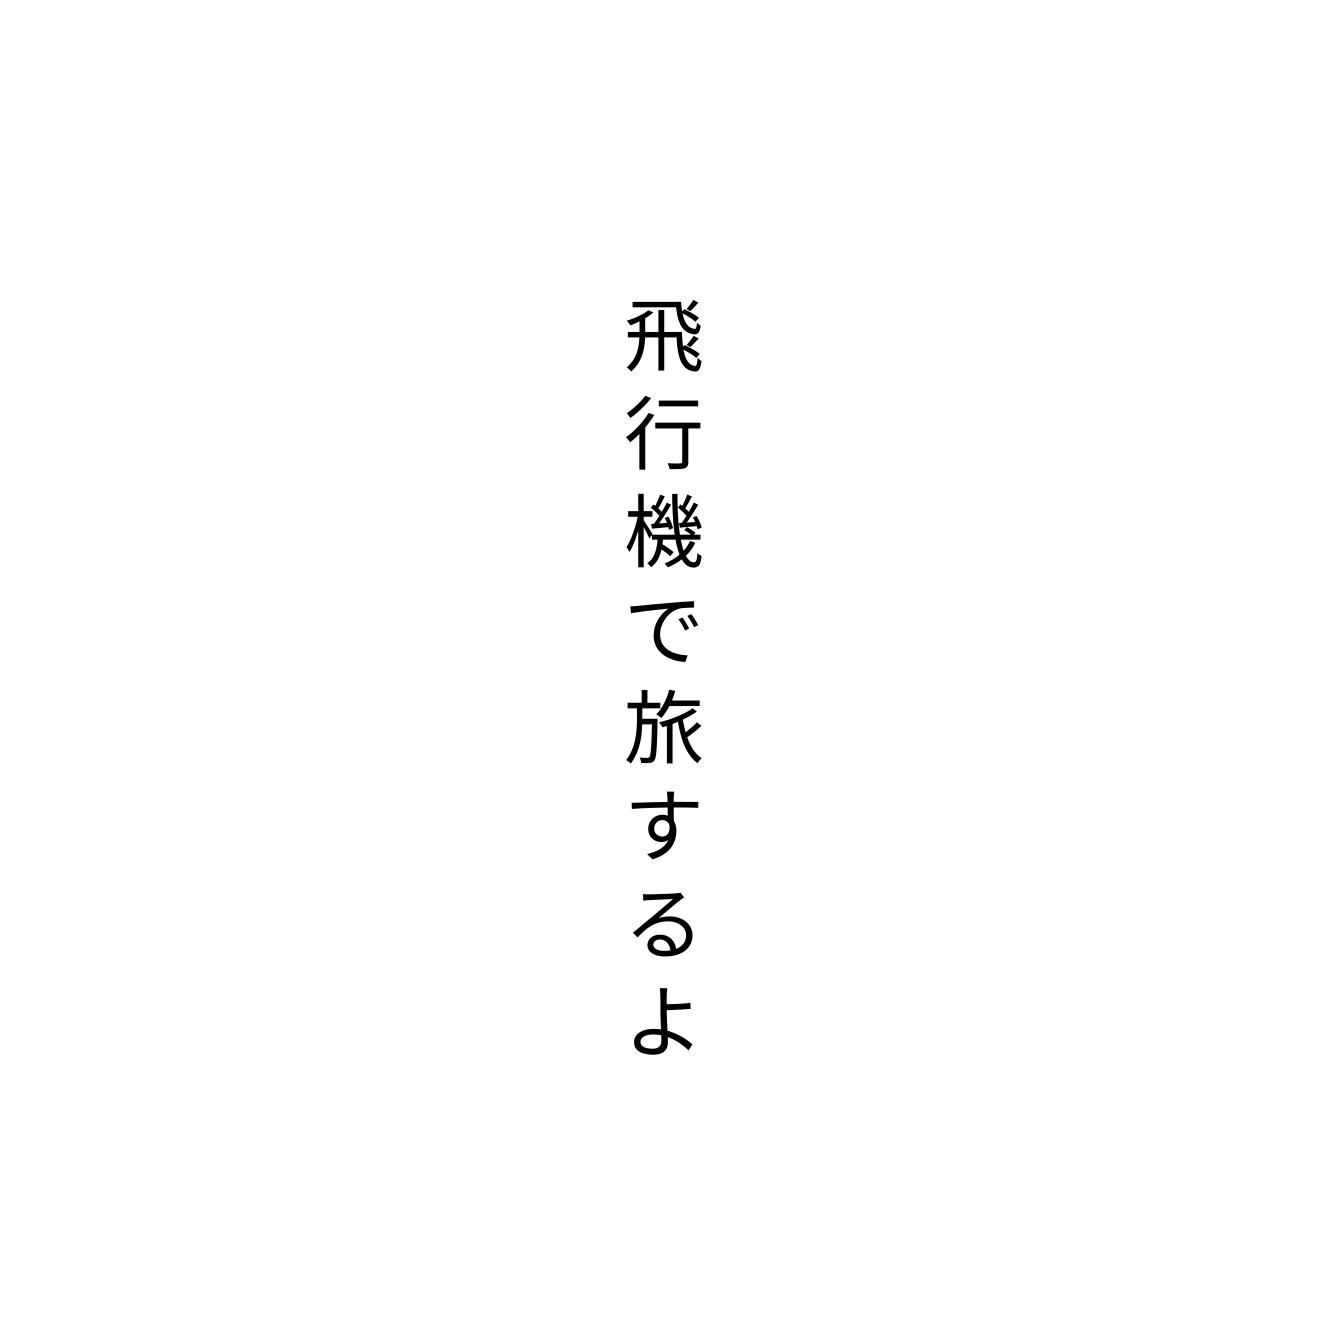
飛行機で旅するよ